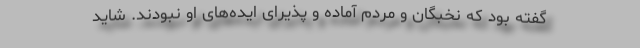
گفته بود که نخبگان و مردم آماده و پذیرای ایده‌های او نبودند. شاید